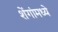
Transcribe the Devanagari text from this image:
शेंगांमध्ये